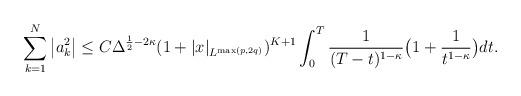
LaTeX: \begin{align*}\sum_{k=1}^{N}\big|a_{k}^2\big|\le C\Delta^{\frac12-2\kappa}(1+|x|_{L^{\max(p,2q)}})^{K+1} \int_{0}^{T}\frac{1}{(T-t)^{1-\kappa}}\bigl(1+\frac{1}{t^{1-\kappa}}\bigr)dt.\end{align*}